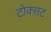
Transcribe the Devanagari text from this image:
टोक्सट